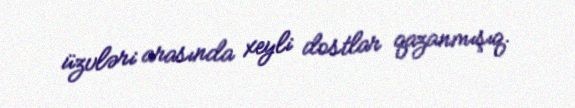
üzvləri arasında xeyli dostlar qazanmışıq.